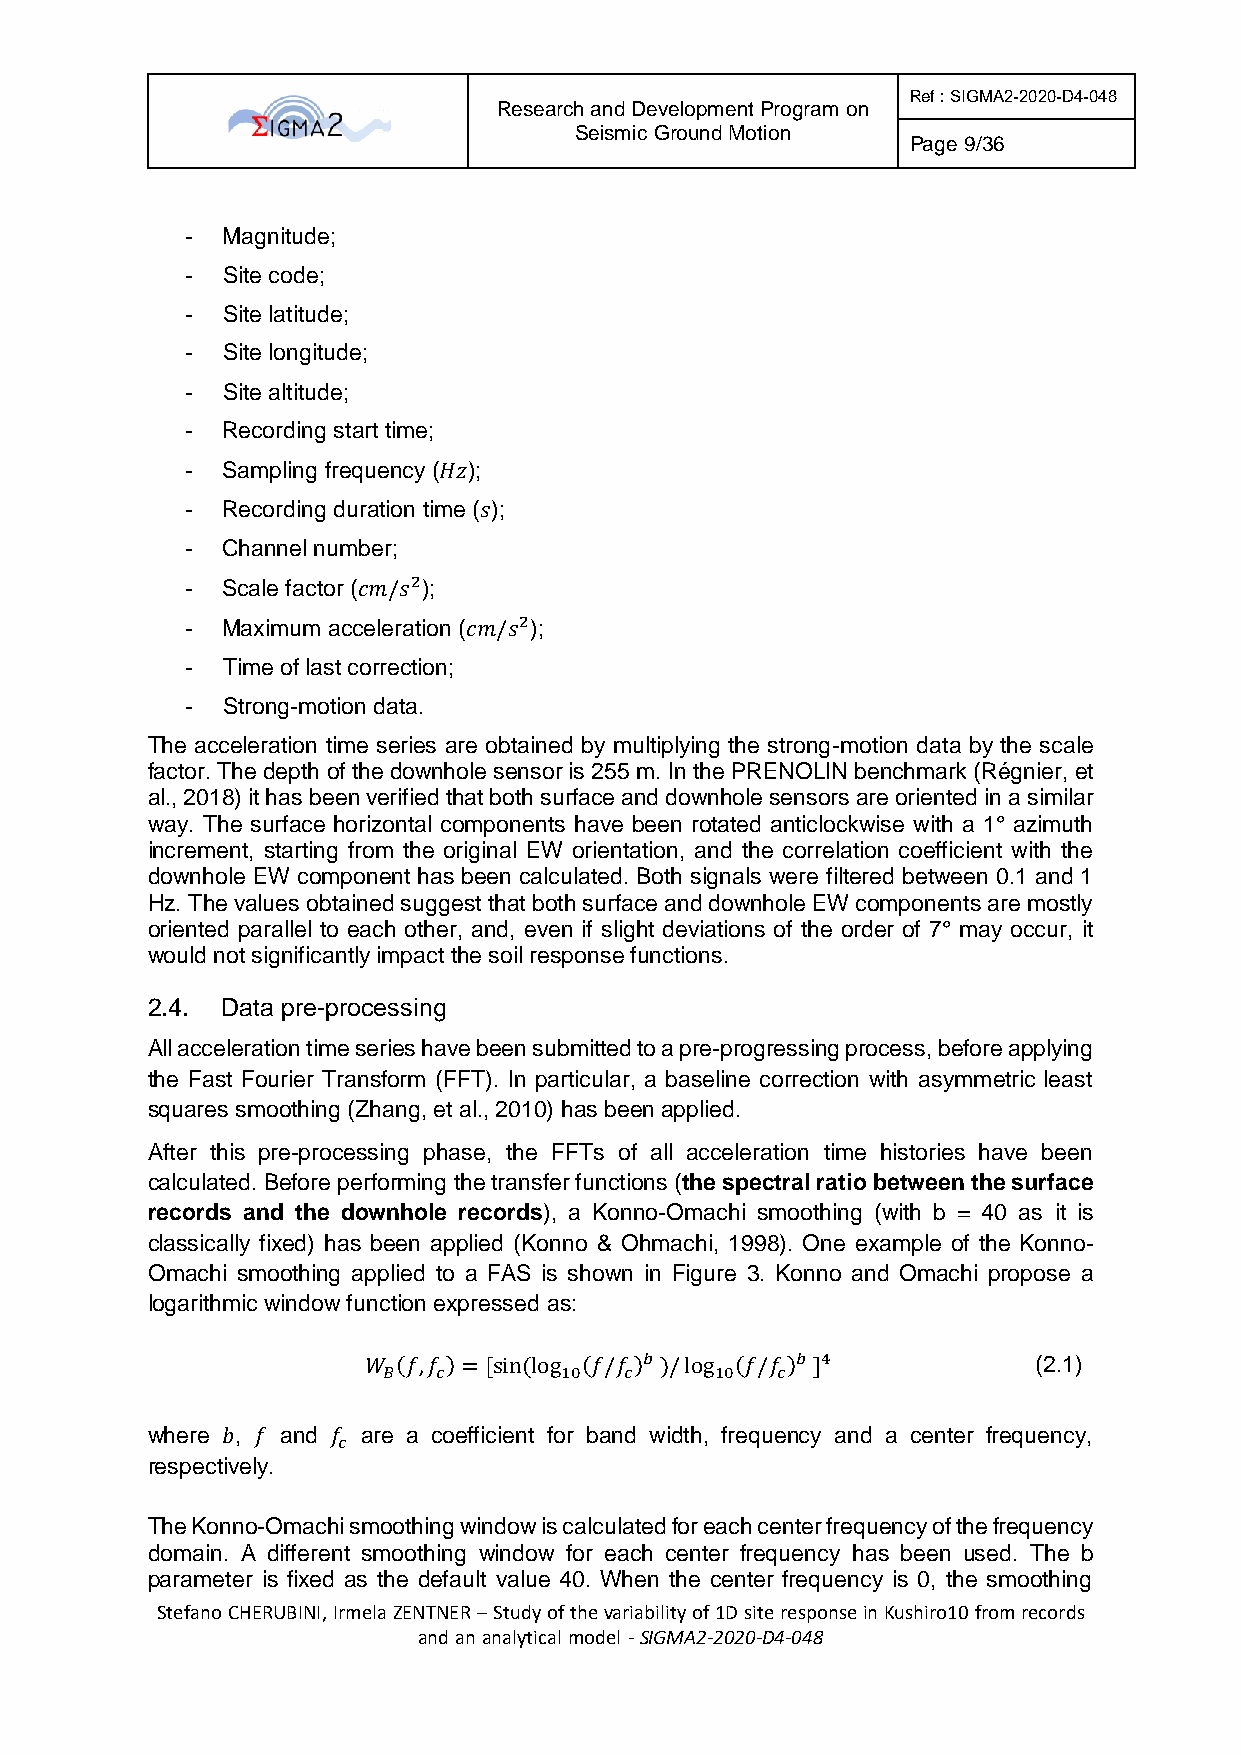
Ref : SIGMA2-2020-D4-048
 Research and Development Program on
 Seismic Ground Motion
 Page 9/36
 -  Magnitude;
 -  Site code;
 -  Site latitude;
 -  Site longitude;
 -  Site altitude;
 -  Recording start time;
 -  Sampling frequency (𝐻𝑧);
 -  Recording duration time (𝑠);
 -  Channel number;
 -  Scale factor (𝑐𝑚/𝑠2);
 -  Maximum acceleration (𝑐𝑚/𝑠2);
 -  Time of last correction;
 -  Strong-motion data.
 The acceleration time series are obtained by multiplying the strong-motion data by the scale
 factor. The depth of the downhole sensor is 255 m. In the PRENOLIN benchmark (Régnier, et
 al., 2018) it has been verified that both surface and downhole sensors are oriented in a similar
 way. The surface horizontal components have been rotated anticlockwise with a 1° azimuth
 increment, starting from the original EW orientation, and the correlation coefficient with the
 downhole EW component has been calculated. Both signals were filtered between 0.1 and 1
 Hz. The values obtained suggest that both surface and downhole EW components are mostly
 oriented parallel to each other, and, even if slight deviations of the order of 7° may occur, it
 would not significantly impact the soil response functions.
 2.4. Data pre-processing
 All acceleration time series have been submitted to a pre-progressing process, before applying
 the Fast Fourier Transform (FFT). In particular, a baseline correction with asymmetric least
 squares smoothing (Zhang, et al., 2010) has been applied.
 After this pre-processing phase, the FFTs of all acceleration time histories have been
 calculated. Before performing the transfer functions (the spectral ratio between the surface
 records and the downhole records), a Konno-Omachi smoothing (with b = 40 as it is
 classically fixed) has been applied (Konno & Ohmachi, 1998). One example of the Konno-
 Omachi smoothing applied to a FAS is shown in Figure 3. Konno and Omachi propose a
 logarithmic window function expressed as:
 𝑊 (𝑓,𝑓)= [sin(log (𝑓/𝑓)𝑏 )/log (𝑓/𝑓)𝑏 ]4     (2.1)
 𝐵   𝑐       10  𝑐     10  𝑐
 where 𝑏, 𝑓 and 𝑓 are a coefficient for band width, frequency and a center frequency,
 𝑐
 respectively.
 The Konno-Omachi smoothing window is calculated for each center frequency of the frequency
 domain. A different smoothing window for each center frequency has been used. The b
 parameter is fixed as the default value 40. When the center frequency is 0, the smoothing
 Stefano CHERUBINI, Irmela ZENTNER – Study of the variability of 1D site response in Kushiro10 from records
 and an analytical model - SIGMA2-2020-D4-048